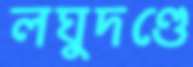
লঘুদণ্ডে